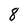
Character: 8